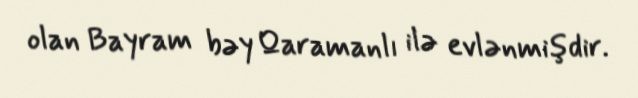
olan Bayram bəy Qaramanlı ilə evlənmişdir.